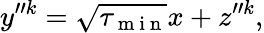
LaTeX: y^{\prime\prime k}=\sqrt{\tau_{\mathrm{~m~i~n~}}}x+z^{\prime\prime k},